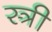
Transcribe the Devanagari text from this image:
स्त्री